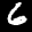
Label: 6